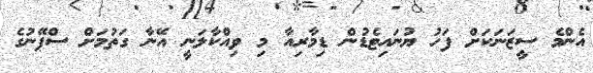
އެންމެ ސީޒަނަކަށް ފަހު ޔުނައިޓެޑުން ޑިމާރިއާ މި ވިއްކާލަނީ އޭނާ ގަތުމަށް ސްޕޭނުގެ